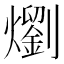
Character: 𭶣